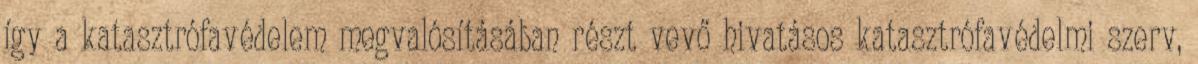
így a katasztrófavédelem megvalósításában részt vevő hivatásos katasztrófavédelmi szerv,